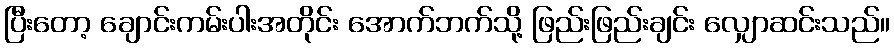
ပြီးတော့ ချောင်းကမ်းပါးအတိုင်း အောက်ဘက်သို့ ဖြည်းဖြည်းချင်း လျှောဆင်းသည်။